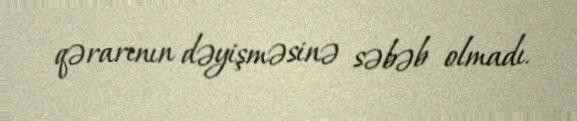
qərarının dəyişməsinə səbəb olmadı.